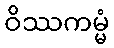
ဝိဿကမ္မံ